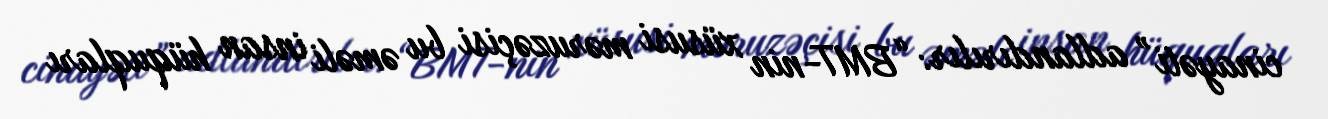
cinayəti” adlandırılır: “BMT-nin xüsusi məruzəçisi bu əməli insan hüquqları